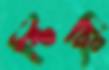
স্টিচিং